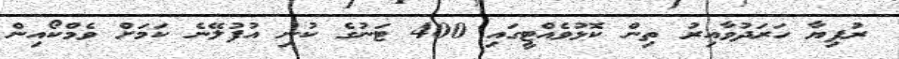
ރުފިޔާ ހަރަދުވާއިރު ތިން ކޮޅުވެއްޓީގައި 400 ޓަނުގެ ކުނި އުފުލޭނެ ކަމަށް ވެމްކޯއިން